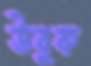
উবুক